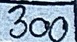
300